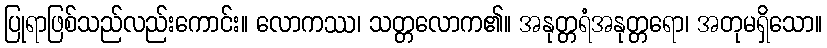
ပြုရာဖြစ်သည်လည်းကောင်း။ လောကဿ၊ သတ္တလောက၏။ အနုတ္တရံအနုတ္တရော၊ အတုမရှိသော။